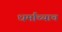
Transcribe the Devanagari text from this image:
धर्माच्याच